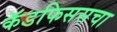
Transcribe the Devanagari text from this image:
कॅडफिससचा